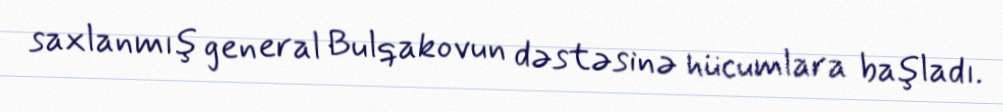
saxlanmış general Bulqakovun dəstəsinə hücumlara başladı.